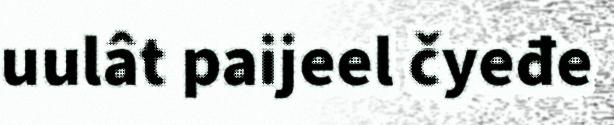
uulât paijeel čyeđe